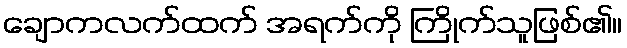
ချောကလက်ထက် အရက်ကို ကြိုက်သူဖြစ်၏။